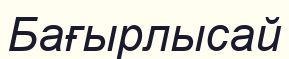
Бағырлысай